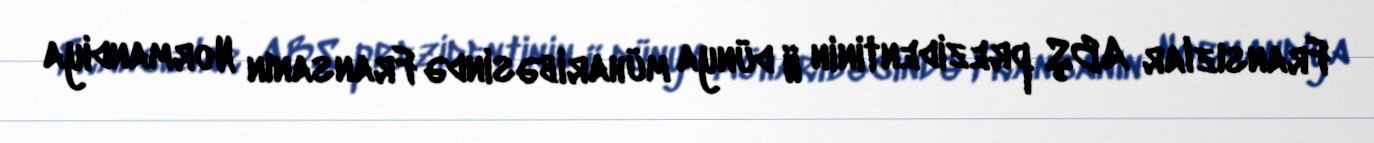
Fransızlar ABŞ prezidentinin II dünya müharibəsində Fransanın Normandiya